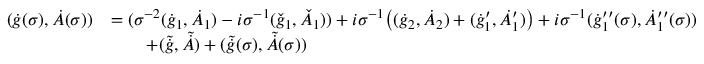
\begin{array} { r l } { ( \dot { g } ( \sigma ) , \dot { A } ( \sigma ) ) } & { = ( \sigma ^ { - 2 } ( \dot { g } _ { 1 } , \dot { A } _ { 1 } ) - i \sigma ^ { - 1 } ( \check { g } _ { 1 } , \check { A } _ { 1 } ) ) + i \sigma ^ { - 1 } \big ( ( \dot { g } _ { 2 } , \dot { A } _ { 2 } ) + ( \dot { g } _ { 1 } ^ { \prime } , \dot { A } _ { 1 } ^ { \prime } ) \big ) + i \sigma ^ { - 1 } ( \dot { g } _ { 1 } ^ { \prime \prime } ( \sigma ) , \dot { A } _ { 1 } ^ { \prime \prime } ( \sigma ) ) } \\ & { \qquad + ( \tilde { \dot { g } } , \tilde { \dot { A } } ) + ( \tilde { \dot { g } } ( \sigma ) , \tilde { \dot { A } } ( \sigma ) ) } \end{array}